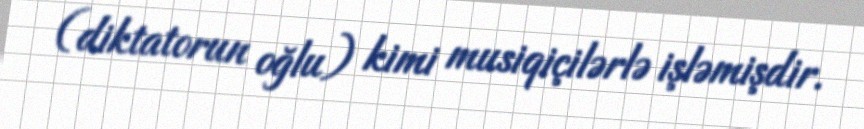
(diktatorun oğlu) kimi musiqiçilərlə işləmişdir.